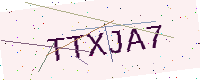
Text: TTXJA7